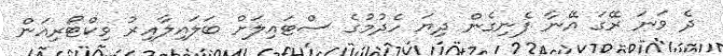
ދެ ވަނަ ރޭގަ އޭނާ ފެނިގެން ދިޔަ ހެދުމުގެ ސްޓައިލަށް ބަލައިލާއިރު ވިކްޓޯރިއަން